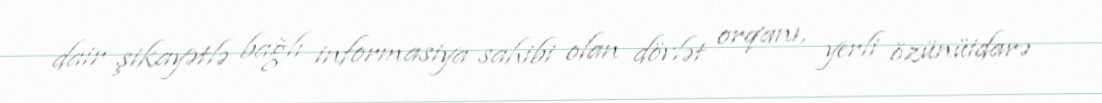
dair şikayətlə bağlı informasiya sahibi olan dövlət orqanı, yerli özünüidarə